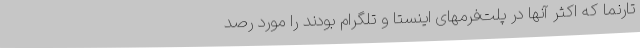
تارنما که اکثر آنها در پلت‌فرمهای اینستا و تلگرام بودند را مورد رصد